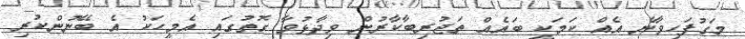
މަގުފަހިވާނެ އެއް ކަމަކީ ބައެއް ތަޖުރިބާކާރުން ވިދާޅުވާ ގޮތުގައި އެމީހަކު އެ ބޭނުންކުރި